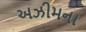
અઝીમના